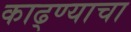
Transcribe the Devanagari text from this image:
काढ्ण्याचा